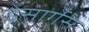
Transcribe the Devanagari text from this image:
डेसार्गेस